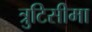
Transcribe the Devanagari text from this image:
त्रुटिसीमा